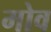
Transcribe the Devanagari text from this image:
मोव